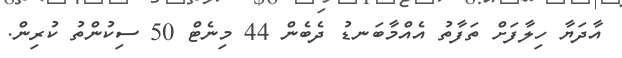
އާދަޔާ ހިލާފަށް ތަފާތު އެއްމާބަނޑު ދެބެން 44 މިނެޓް 50 ސިކުންތު ކުރިން.